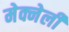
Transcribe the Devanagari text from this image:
मेक्नेली